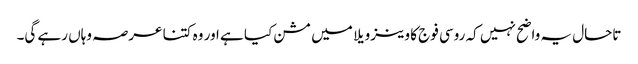
تاحال یہ واضح نہیں کہ روسی فوج کا وینزویلا میں مشن کیا ہے اور وہ کتنا عرصہ وہاں رہے گی۔